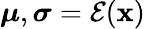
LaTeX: \boldsymbol{\mu},\boldsymbol{\sigma}=\mathcal{E}(\textbf{x})